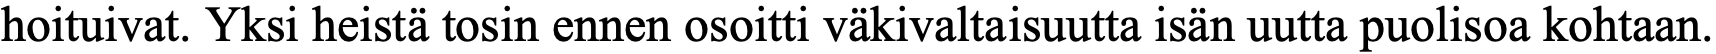
hoituivat. Yksi heistä tosin ennen osoitti väkivaltaisuutta isän uutta puolisoa kohtaan.